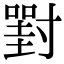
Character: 𡭈